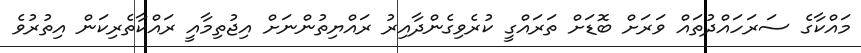
މައްކާގެ ސަރަހައްދުތައް ވަރަށް ބޮޑަށް ތަރައްގީ ކުރެވިގެންދާއިރު ރައްޔިތުންނަށް އިޖުތިމާއީ ރައްކާތެރިކަން އިތުރުވެ